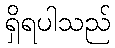
ရှိရပါသည်